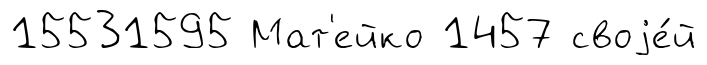
15531595 Мат'ейко 1457 своjе́й